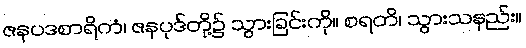
ဇနပဒစာရိကံ၊ ဇနပုဒ်တို့၌ သွားခြင်းကို။ စရတိ၊ သွားသနည်း။